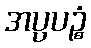
အပ္ပပဉ္စံ